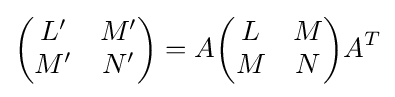
{\begin{pmatrix}L'&M'\\M'&N'\end{pmatrix}}=A{\begin{pmatrix}L&M\\M&N\end{pmatrix}}A^{T}